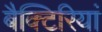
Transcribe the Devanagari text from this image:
बैक्टिरियां